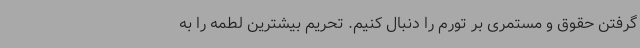
گرفتن حقوق و مستمری بر تورم را دنبال کنیم. تحریم بیشترین لطمه را به